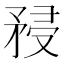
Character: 𥍯